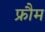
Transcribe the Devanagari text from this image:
फ्रौम